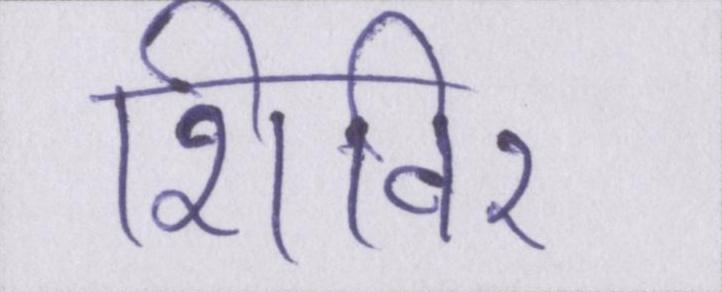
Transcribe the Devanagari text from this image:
शिविर